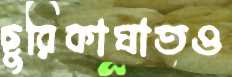
ছুরিকাঘাতও